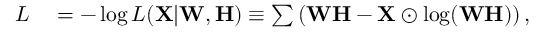
\begin{array} { r l } { { \cal L } } & { { } = - \log L ( \mathbf { X } | \mathbf { W } , \mathbf { H } ) \equiv \sum \left( \mathbf { W } \mathbf { H } - \mathbf { X } \odot \log ( \mathbf { W } \mathbf { H } ) \right) , } \end{array}